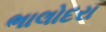
ભાલોદરા